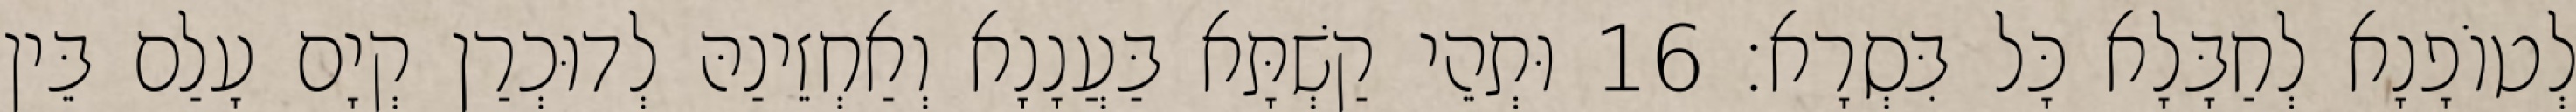
לְטוֹפָנָא לְחַבָּלָא כָּל בִּסְרָא׃ 16 וּתְהֵי קַשְׁתָּא בַּעֲנָנָא וְאַחְזֵינַהּ לְדוּכְרַן קְיָם עָלַם בֵּין